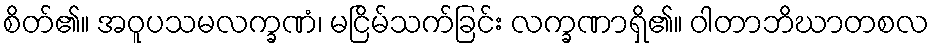
စိတ်၏။ အဝူပသမလက္ခဏံ၊ မငြိမ်သက်ခြင်း လက္ခဏာရှိ၏။ ဝါတာဘိဃာတစလ